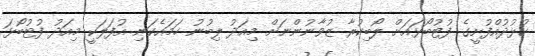
ކުޅުދުއްފުށީގެ ފުޓުބޯޅައަށް ލޯބިކުރާ ޒުވާނުންނަށް މިއަދު ލިބުނު ހަމައެކަނި އުފަލަކީ މިއަދު ފުޓުބޯޅަ